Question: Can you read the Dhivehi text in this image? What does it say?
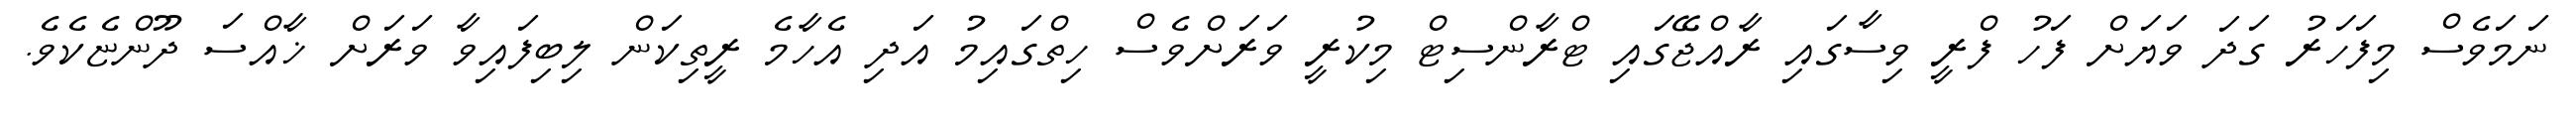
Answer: ނަމަވެސް މިފަހަރު ގަދަ ވަޔަށް ފަހު ފްރީ ވިސާގައި ރާއްޖޭގައި ޓްރާންސިޓް މިކުރީ ވަރަށްވެސް ހިތްގައިމު އަދި އެހާމެ ރީތިކަން ލިބިފައިވާ ވަރަށް ޚާއްސަ ދޫންޏެކެވެ.